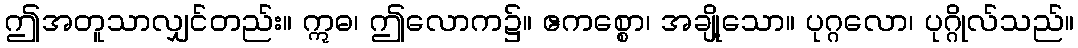
ဤအတူသာလျှင်တည်း။ ဣဓ၊ ဤလောက၌။ ဧကစ္စော၊ အချို့သော။ ပုဂ္ဂလော၊ ပုဂ္ဂိုလ်သည်။